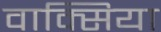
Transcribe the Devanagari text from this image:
वाक्सिया